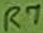
Text: R7